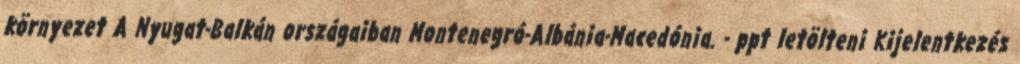
környezet A Nyugat-Balkán országaiban Montenegró-Albánia-Macedónia. - ppt letölteni Kijelentkezés